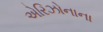
એરિઝોનાના